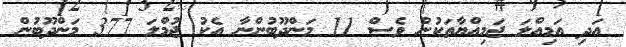
އަދި އަމިއްލަ ޖަމިއްޔާތަކުން ވެސް 11 މަންދޫބުންނާ އެކު ޖުމްލަ 377 މަންދޫބުން